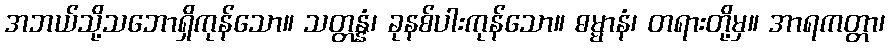
အဘယ်သို့သဘောရှိကုန်သော။ သတ္တန္နံ၊ ခုနစ်ပါးကုန်သော။ ဓမ္မာနံ၊ တရားတို့မှ။ အာရကတ္တာ၊